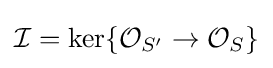
{\mathcal {I}}={\text{ker}}\{{\mathcal {O}}_{S'}\to {\mathcal {O}}_{S}\}